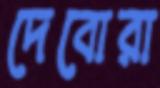
দেবোরা